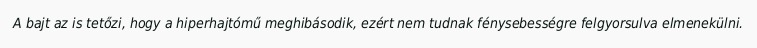
A bajt az is tetőzi, hogy a hiperhajtómű meghibásodik, ezért nem tudnak fénysebességre felgyorsulva elmenekülni.